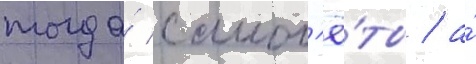
тогда́ самол'ё́ты / а́